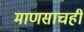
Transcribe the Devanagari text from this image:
माणसाचही